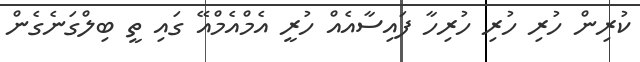
ކުރިން ހުރި ހުރި ހުރިހާ ފައިސާއެއް ހުރީ އެމްއެމްއޭ ގައި ތީ ބިލްގަނެގެން